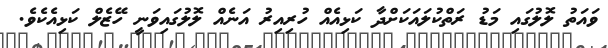
ވައަތު ލޮލުގައި މަޑު ރަތްކުލައަކަށްދާ ކަޅިއެއް ހުރިއިރު އަނެއް ލޮލުގައިވަނީ ހޭޒެލް ކަޅިއެކެވެ.